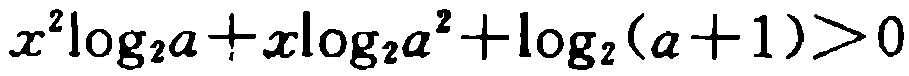
\(x^{2}\log_{2}a + x\log_{2}a^{2}+\log_{2}(a + 1)>0\)